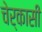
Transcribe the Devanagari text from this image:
चेर्कासी